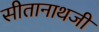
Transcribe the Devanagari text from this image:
सीतानाथजी